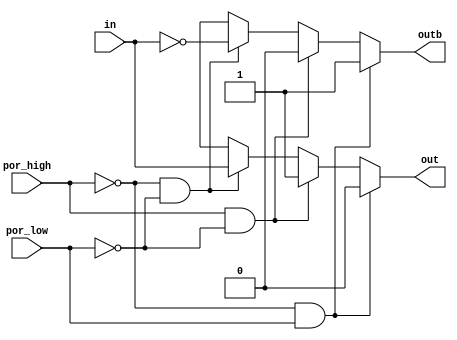
// This program was cloned from: https://github.com/chipsalliance/aib-phy-hardware
// License: Apache License 2.0

// SPDX-License-Identifier: Apache-2.0
// Copyright (C) 2019 Intel Corporation. 
// Library - aibcr3_lib, Cell - aibcr3_lvshift, View - schematic
// LAST TIME SAVED: Oct  3 18:25:57 2014
// NETLIST TIME: Oct 28 12:42:28 2014

module aibcr3_lvshift ( out, outb, in, por_high, por_low
     );

output  out, outb;


input  in, por_high, por_low;
reg out, outb;
wire NET58 , in_shift , in_shiftb , inb , in_sw , NET59 ;
//no vcc_input, vcc_output and vss tracking as of now.
always @ (in, por_high, por_low)
begin
	if ((por_high == 1'b0) && (por_low == 1'b1))
	begin
		out = 1'b0;
		outb = 1'b1;
	end
	else if ((por_high == 1'b1) && (por_low == 1'b0))
	begin
                out = 1'b1;
                outb = 1'b0;
	end
	else if ((por_high == 1'b0) && (por_low == 1'b0))
	begin
		out = in;
		outb = ~in;	
	end
	else
	begin
		out = 1'bx;
		outb = 1'bx;
	end	
end
endmodule